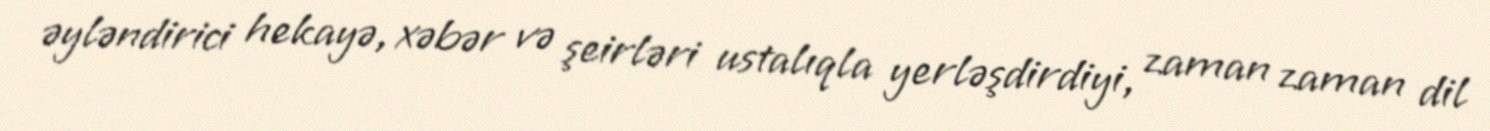
əyləndirici hekayə, xəbər və şeirləri ustalıqla yerləşdirdiyi, zaman zaman dil